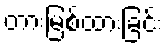
တားမြစ်ထားခြင်း